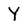
Character: Y